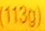
113g